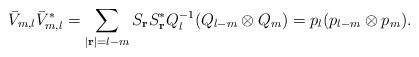
LaTeX: \begin{align*}\bar{V}_{m,l}\bar{V}_{m,l}^*&=\sum_{|\mathbf{r}|=l-m}S_\mathbf{r}S_\mathbf{r}^*Q_l^{-1}(Q_{l-m}\otimes Q_m)=p_l(p_{l-m}\otimes p_m).\end{align*}